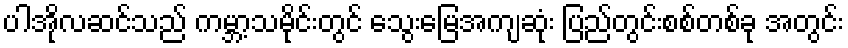
ပါအိုလဆင်သည် ကမ္ဘာ့သမိုင်းတွင် သွေးမြေအကျဆုံး ပြည်တွင်းစစ်တစ်ခု အတွင်း